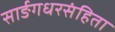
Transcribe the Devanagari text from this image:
सार्ङगधरसंहिता